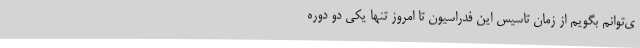
ی‌توانم بگویم از زمان تاسیس این فدراسیون تا امروز تنها یکی دو دوره